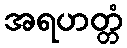
အရဟတ္တံ